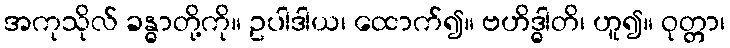
အကုသိုလ် ခန္ဓာတို့ကို။ ဥပါဒါယ၊ ထောက်၍။ ဗဟိဒ္ဓါတိ၊ ဟူ၍။ ဝုတ္တာ၊